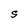
Character: S